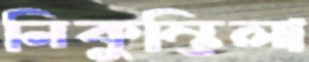
নিকুম্ভিলা